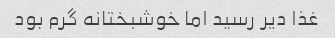
غذا دیر رسید اما خوشبختانه گرم بود